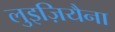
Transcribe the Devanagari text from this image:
लुइज़ियैना